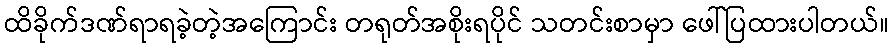
ထိခိုက်ဒဏ်ရာရခဲ့တဲ့အကြောင်း တရုတ်အစိုးရပိုင် သတင်းစာမှာ ဖေါ်ပြထားပါတယ်။